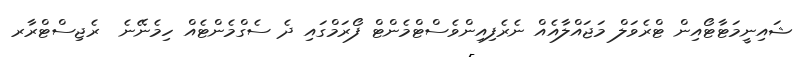
ޝައިނީމަޓާޓޯއިން ޓްރެވަލް މަޖައްލާއެއް ނެރެފިއިންވެސްޓްމެންޓް ފޯރަމްގައި ދެ ސެގްމެންޓެއް ހިމެނޭނެ  ރެޖިސްޓްރާރ